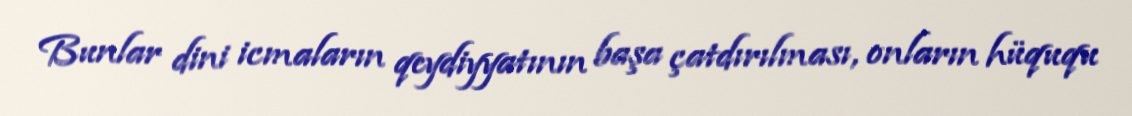
Bunlar dini icmaların qeydiyyatının başa çatdırılması, onların hüququ